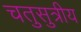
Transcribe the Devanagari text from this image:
चतुसुत्रीय